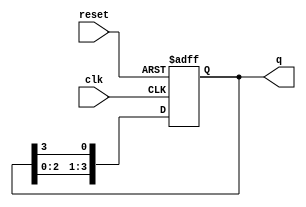
module ring_counter #(parameter N = 4) (
    input wire clk,            // Clock input
    input wire reset,          // Asynchronous reset input
    output reg [N-1:0] q      // Ring counter output
);

// Initialize the ring counter to the initial state
initial begin
    q = 1'b1; // Initial state with the first flip-flop set to 1
end

// Sequential logic for the ring counter
always @(posedge clk or posedge reset) begin
    if (reset) begin
        q <= 1'b1; // Reset to initial state (e.g., 1000 for N=4)
    end else begin
        // Shift the '1' around the ring
        q <= {q[N-2:0], q[N-1]}; // Circularly shift
    end
end

endmodule